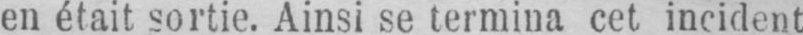
en était sortie. Ainsi se termina cet incident